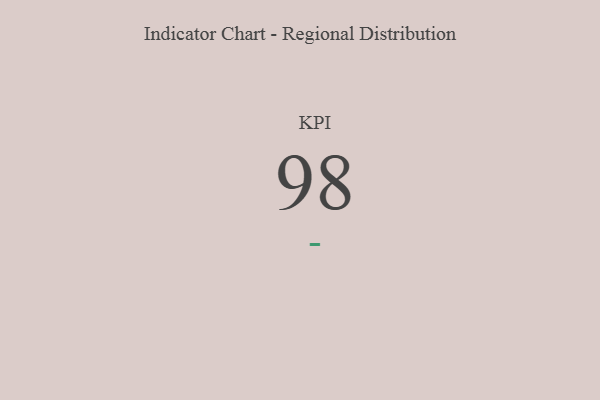
{"axis": {"x": "KPI", "y": "Value"}, "legend": [""], "data": [{"x": "KPI", "y": 98, "type": ""}]}